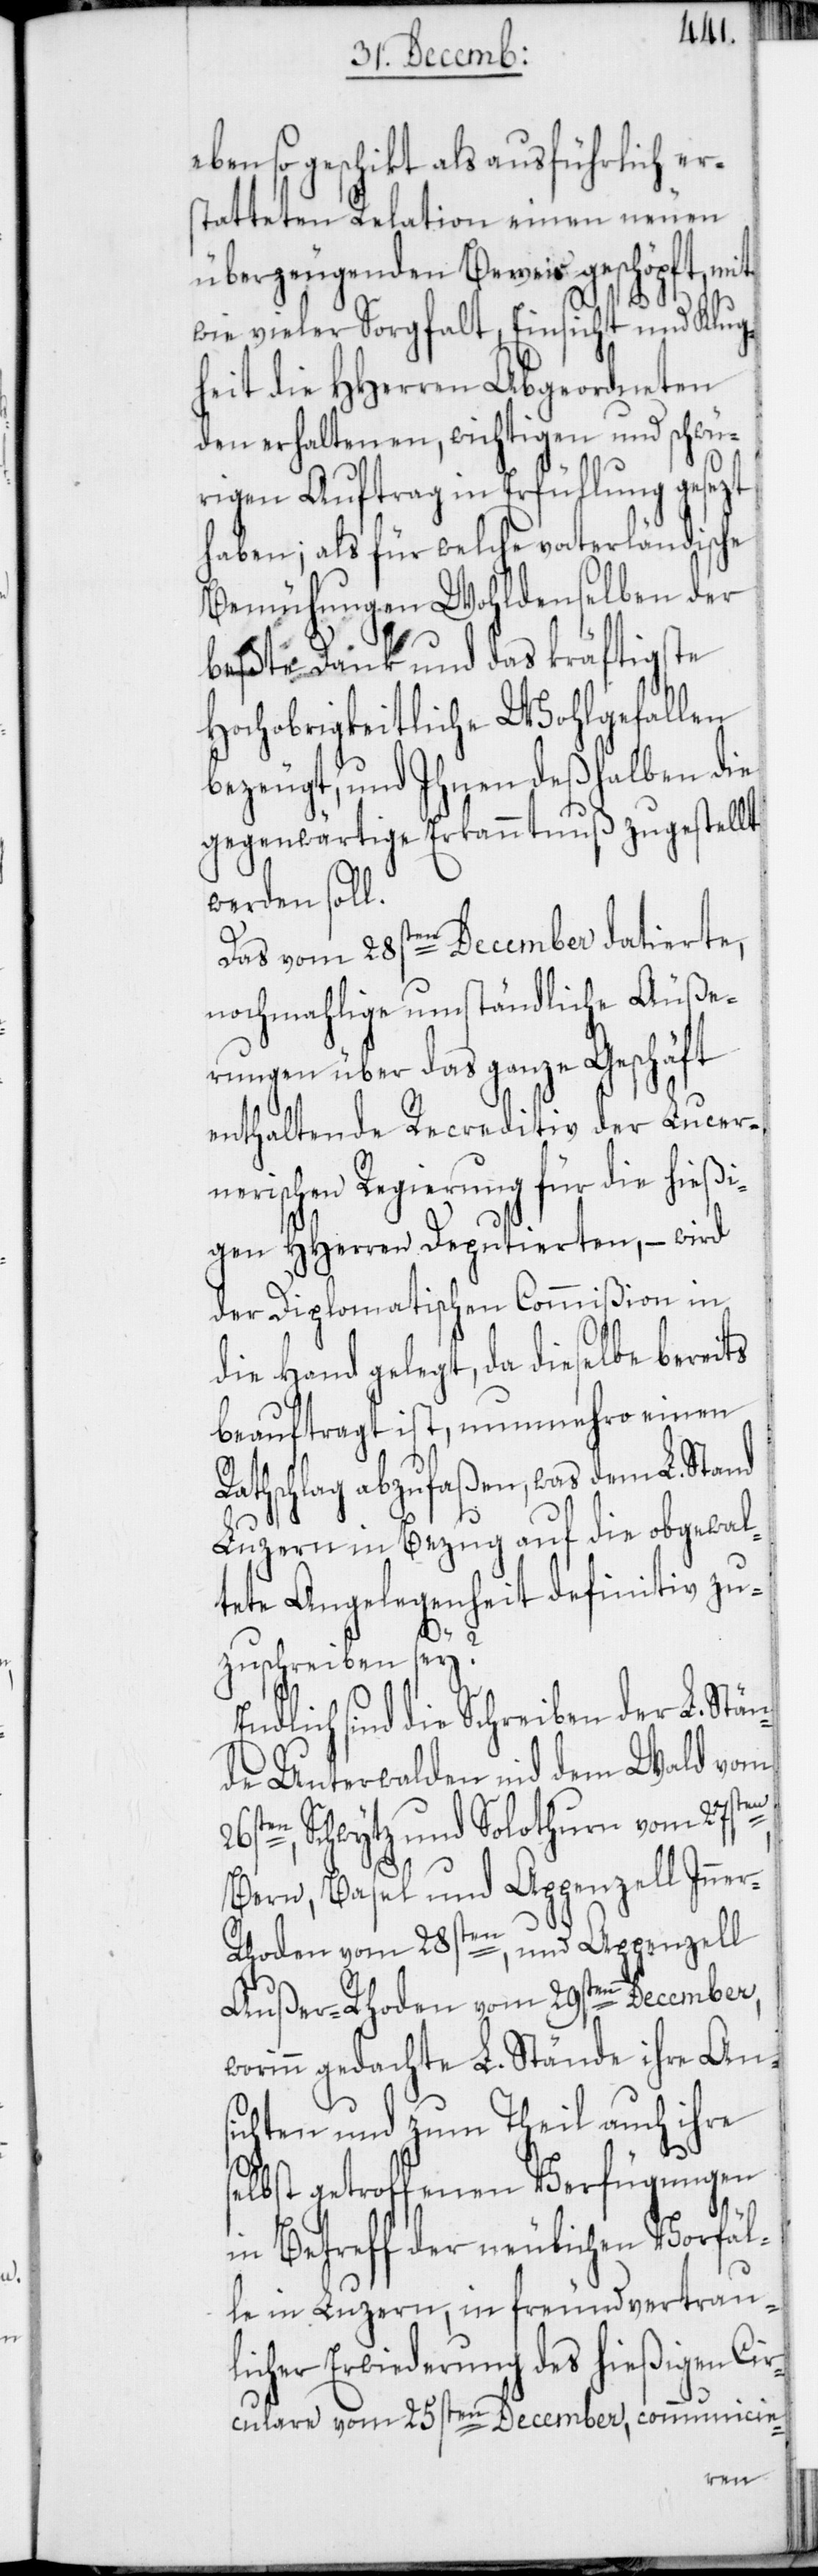
eben so geschikt als ausführlich er¬
statteten Relation einen neuen
überzeugenden Beweis geschöpft, mit
wie vieler Sorgfalt, Einsicht und Klug¬
heit die HHerren Abgeordneten
den erhaltenen, wichtigen und schwü¬
rigen Auftrag in Erfüllung gesezt
haben; als für welche vaterländische
Bemühungen Wohldenselben der
beßte Dank und das kräftigste
Hochobrigkeitliche Wohlgefallen
bezeugt, und Ihnen deßhalben die
gegenwärtige Erkanntnuß zugestellt
werden soll.
Das vom 28sten December datierte,
nochmahlige umständliche Äuße¬
rungen über das ganze Geschäft
enthaltende Recreditiv der Lucer¬
nerischen Regierung für die hießi¬
gen HHerren Deputierten, – wird
der Diplomatischen Commißion in
die Hand gelegt, da dieselbe bereits
beauftragt ist, nunmehro einen
Rathschlag abzufaßen, was dem L. Stand
Luzern in Bezug auf die obgewal¬
tete Angelegenheit definitiv zu¬
zuschreiben sey?
Endlich sind die Schreiben der L. Stän¬
de Unterwalden nid dem Wald vom
26s¬
ten, Schwytz und Solothurn vom 27s¬
Bern, Basel und Appenzell Inne¬
r-Rhoden vom 28sten; und Appenzell
Außer-Rhoden vom 29sten December,
worinn gedachte L. Stände ihre Ans¬
ichten und zum Theil auch ihre
selbst getroffenen Verfügungen
in Betreff der neulichen Vorfäl¬
le in Luzern, in freundvertrau¬
licher Erwiederung des hießigen Cir¬
culare vom 25sten December, communicie-
ten,